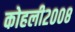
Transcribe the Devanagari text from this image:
कोहली२००८